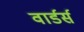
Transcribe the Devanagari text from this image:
वार्डर्स